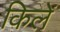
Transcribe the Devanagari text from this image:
किलें